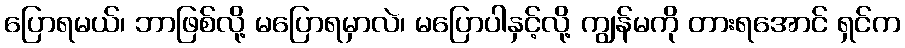
ပြောရမယ်၊ ဘာဖြစ်လို့ မပြောရမှာလဲ၊ မပြောပါနှင့်လို့ ကျွန်မကို တားရအောင် ရှင်က